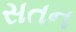
સતન